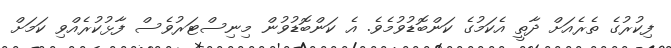
ފިކުރުގެ ތެރެއަށް ދާތީ އެކަމުގެ ކަންބޮޑުވުމެވެ. އެ ކަންބޮޑުވުން މިނިސްޓަރުވެސް ފާޅުކުރެއްވި ކަމަށް